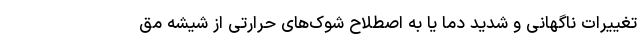
تغییرات ناگهانی و شدید دما یا به اصطلاح شوک‌های حرارتی از شیشه مق